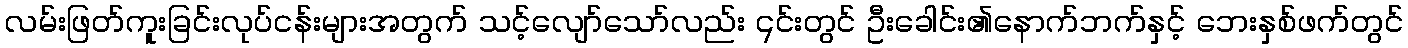
လမ်းဖြတ်ကူးခြင်းလုပ်ငန်းများအတွက် သင့်လျော်သော်လည်း ၎င်းတွင် ဦးခေါင်း၏နောက်ဘက်နှင့် ဘေးနှစ်ဖက်တွင်